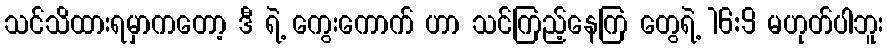
သင်သိထားရမှာကတော့ ဒီ ရဲ့ ကွေးကောက် ဟာ သင်ကြည့်နေကြ တွေရဲ့ 16:9 မဟုတ်ပါဘူး